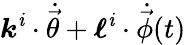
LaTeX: \boldsymbol{k}^{\mathit{i}}\cdot\dot{{\vec{{\theta}}}}+\boldsymbol{\ell}^{\mathit{i}}\cdot\dot{{\vec{{\phi}}}}(t)